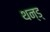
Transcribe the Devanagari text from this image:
थन्ड्